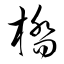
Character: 橋